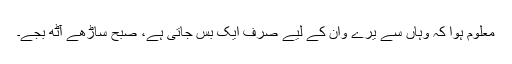
معلوم ہوا کہ وہاں سے یرے وان کے لیے صرف ایک بس جاتی ہے، صبح ساڑھے آٹھ بجے۔